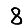
Digit: 8